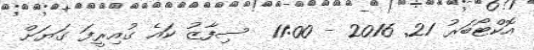
އޮކްޓޯބަރު 21